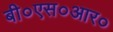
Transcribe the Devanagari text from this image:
बी०एस०आर०